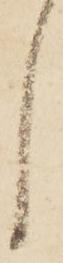
し